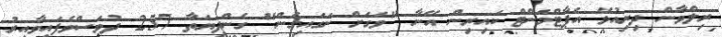
ރިލްވާން ދިރިއުޅޭ އެޕާޓްމަންޓް ކައިރިން އޭނާ "ވަގަށް ނަގައިގެން" ގެންދިޔަތާ 257 ދުވަސްވެފައިވާއިރު